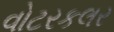
વોટરકલર